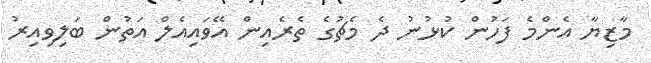
މާޒިޔާ އެންމެ ފަހުން ކުޅުނު ދެ މެޗުގެ ތެރެއިން އޭވައިއެލް އަތުން ބަލިވިއިރު